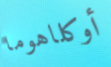
أوكلاهوما